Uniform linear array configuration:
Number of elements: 24
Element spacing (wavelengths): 0.75
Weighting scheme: hamming
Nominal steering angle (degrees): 15
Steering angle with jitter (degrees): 14.811
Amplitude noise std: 0.05
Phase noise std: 0.05

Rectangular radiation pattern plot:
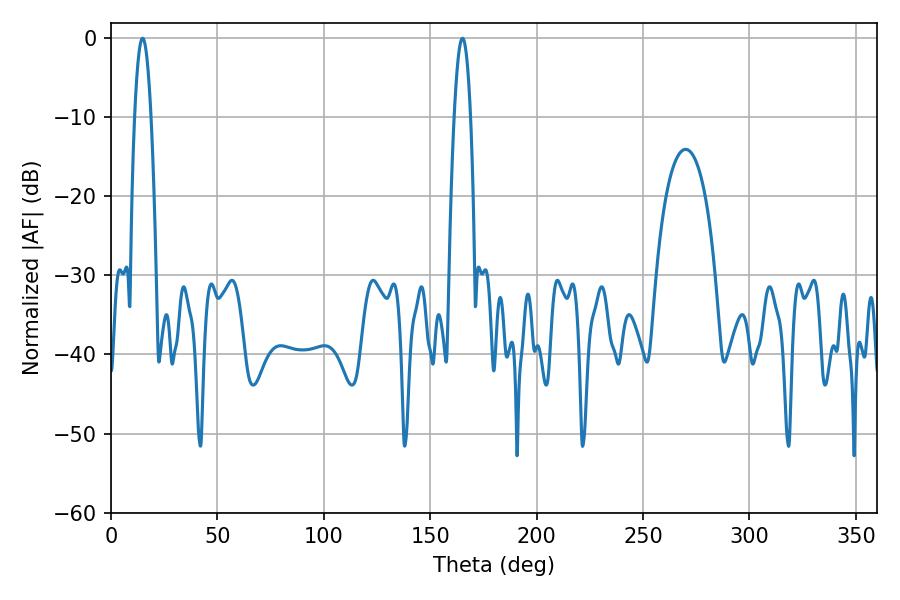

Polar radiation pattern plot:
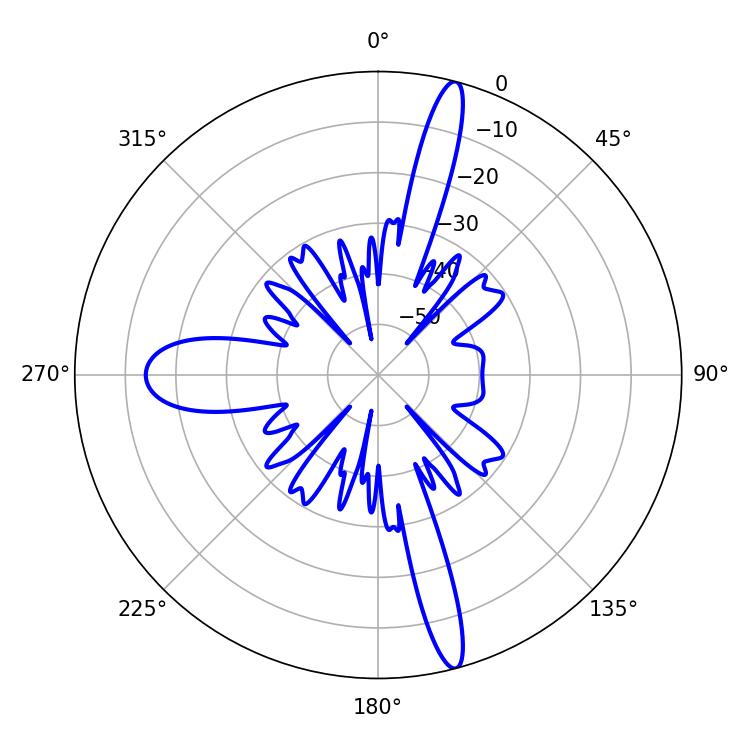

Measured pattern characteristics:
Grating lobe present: TRUE
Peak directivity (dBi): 17.981
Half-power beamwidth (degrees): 4.14
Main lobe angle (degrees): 165.24